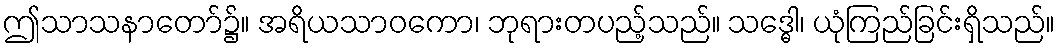
ဤသာသနာတော်၌။ အရိယသာဝကော၊ ဘုရားတပည့်သည်။ သဒ္ဓေါ၊ ယုံကြည်ခြင်းရှိသည်။